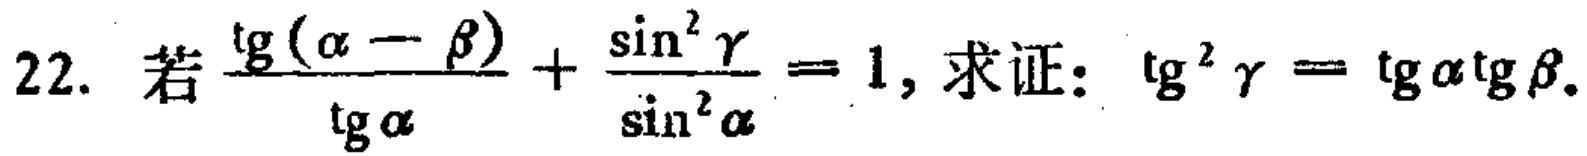
若$\frac{\mathrm{tg}(\alpha - \beta)}{\mathrm{tg}\alpha}+\frac{\sin^{2}\gamma}{\sin^{2}\alpha}=1$，求证：$\mathrm{tg}^{2}\gamma = \mathrm{tg}\alpha\mathrm{tg}\beta$。